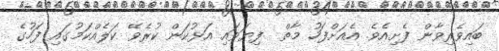
ބައިވެރިވާން ފެށިއެވެ. އެއަށްފަހު މާތް  ފިޔަވައި އަޅުކަން ކުރެވޭ ކަލެއްކަމުގައި ފަހުގެ